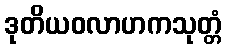
ဒုတိယဝလာဟကသုတ္တံ